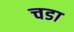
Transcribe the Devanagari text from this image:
चडा